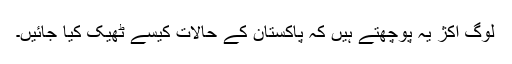
لوگ اکژ یہ پوچھتے ہیں کہ پاکستان کے حالات کیسے ٹھیک کیا جائیں۔